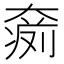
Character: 𡙨